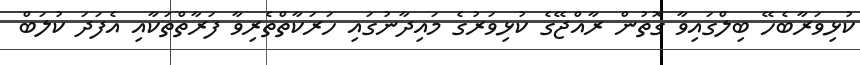
ކުޅިވަރާބެހޭ ބިލްގައިވާ ގޮތުން ރާއްޖޭގެ ކުޅިވަރުގެ މައިދާނުގައި ހަރަކާތްތެރިވާ ފަރާތްތަކާއި އެފަދަ ކުލަބް